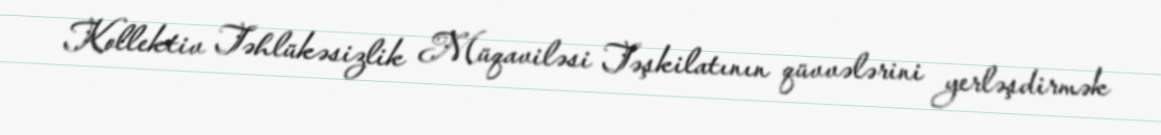
Kollektiv Təhlükəsizlik Müqaviləsi Təşkilatının qüvvələrini yerləşdirmək